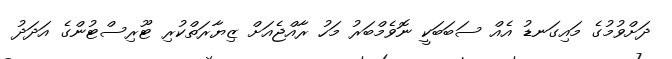
ދަށްވުމުގެ މައިގަނޑު އެއް ސަބަބަކީ ނޮވެމްބަރު މަހު ރާއްޖެއަށް ޒިޔާރަތްކުރި ޓޫރިސްޓުންގެ އަދަދު